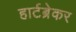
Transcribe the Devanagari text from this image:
हार्टब्रेकर